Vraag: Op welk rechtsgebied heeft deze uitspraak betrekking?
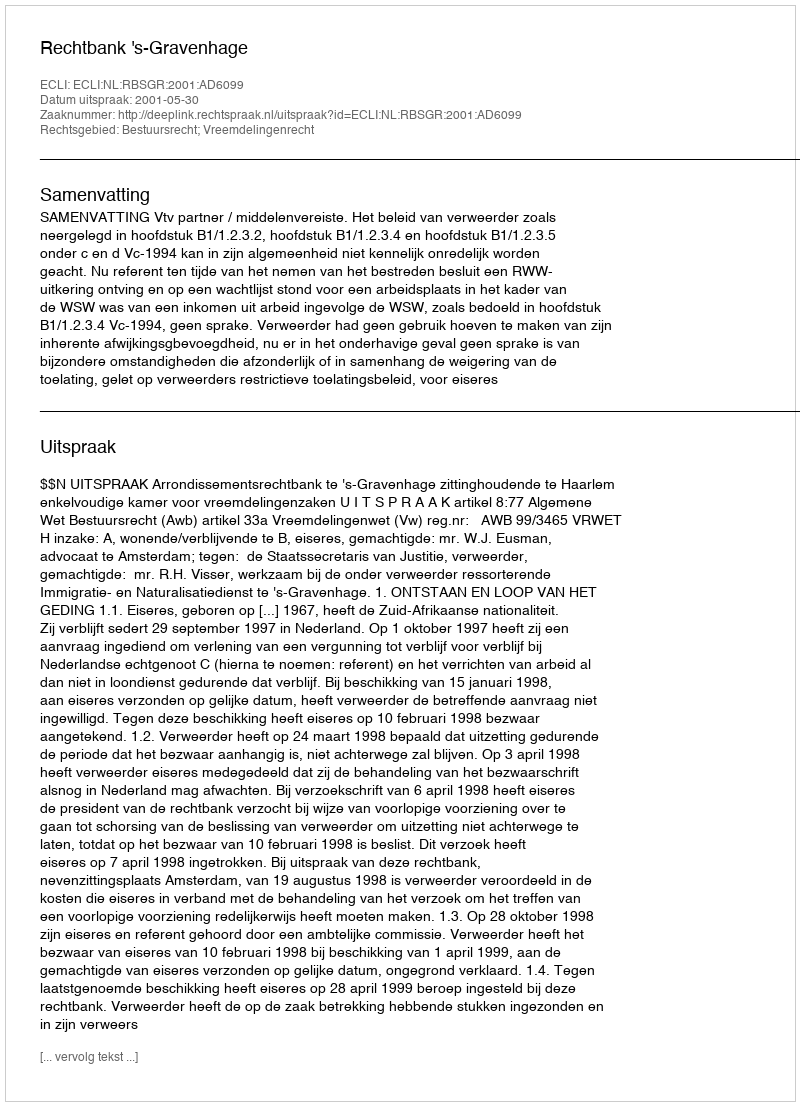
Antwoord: Bestuursrecht; Vreemdelingenrecht